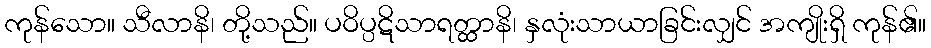
ကုန်သော။ သီလာနိ၊ တို့သည်။ ပဝိပ္ပဋိသာရတ္ထာနိ၊ နှလုံးသာယာခြင်းလျှင် အကျိုးရှိ ကုန်၏။